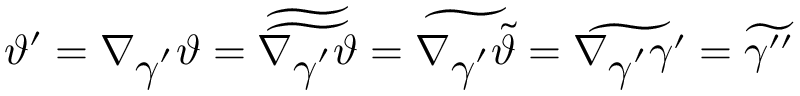
\vartheta ^ { \prime } = \nabla _ { \displaystyle \gamma ^ { \prime } } \vartheta = \widetilde { \widetilde { \nabla _ { \displaystyle \gamma ^ { \prime } } \vartheta } } = \widetilde { \nabla _ { \displaystyle \gamma ^ { \prime } } \widetilde { \vartheta } } = \widetilde { \nabla _ { \displaystyle \gamma ^ { \prime } } \gamma ^ { \prime } } = \widetilde { \gamma ^ { \prime \prime } }